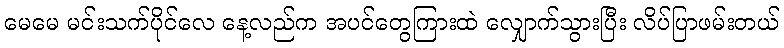
မေမေ မင်းသက်ပိုင်လေ နေ့လည်က အပင်တွေကြားထဲ လျှောက်သွားပြီး လိပ်ပြာဖမ်းတယ်